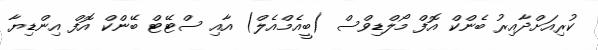
ކުރިއަށްދާއިރު ބެންކް އޮފް މޯލްޑިވްސް (ބީއެމްއެލް) އާއި ސްޓޭޓް ބޭންކް އޮފް އިންޑިޔާ